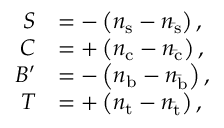
{ \begin{array} { r l } { S } & { = - \left( n _ { \mathrm { s } } - n _ { \mathrm { \bar { s } } } \right) , } \\ { C } & { = + \left( n _ { \mathrm { c } } - n _ { \mathrm { \bar { c } } } \right) , } \\ { B ^ { \prime } } & { = - \left( n _ { \mathrm { b } } - n _ { \mathrm { \bar { b } } } \right) , } \\ { T } & { = + \left( n _ { \mathrm { t } } - n _ { \mathrm { \bar { t } } } \right) , } \end{array} }